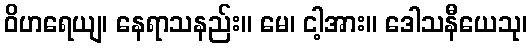
ဝိဟရေယျ၊ နေရာသနည်း။ မေ၊ ငါ့အား။ ဒေါသနီယေသု၊